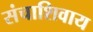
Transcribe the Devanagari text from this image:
संचाशिवाय